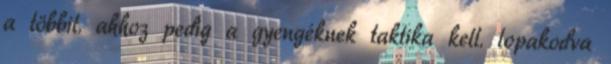
a többit. ahhoz pedig a gyengéknek taktika kell. lopakodva